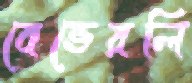
বেভেরলি